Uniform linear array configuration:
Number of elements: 64
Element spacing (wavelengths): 0.5
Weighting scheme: blackman
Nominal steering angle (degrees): -60
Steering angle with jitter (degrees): -60.818
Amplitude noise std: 0.05
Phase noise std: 0.05

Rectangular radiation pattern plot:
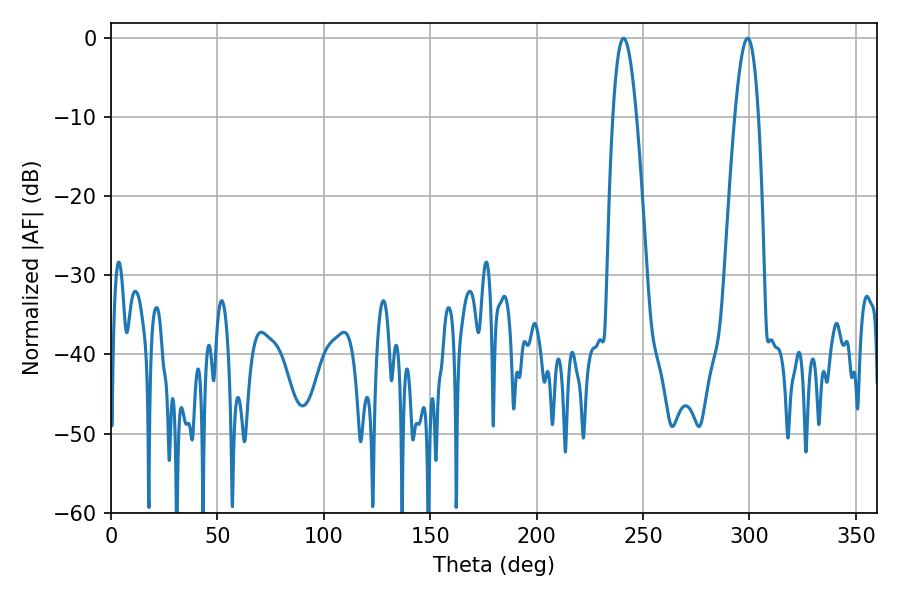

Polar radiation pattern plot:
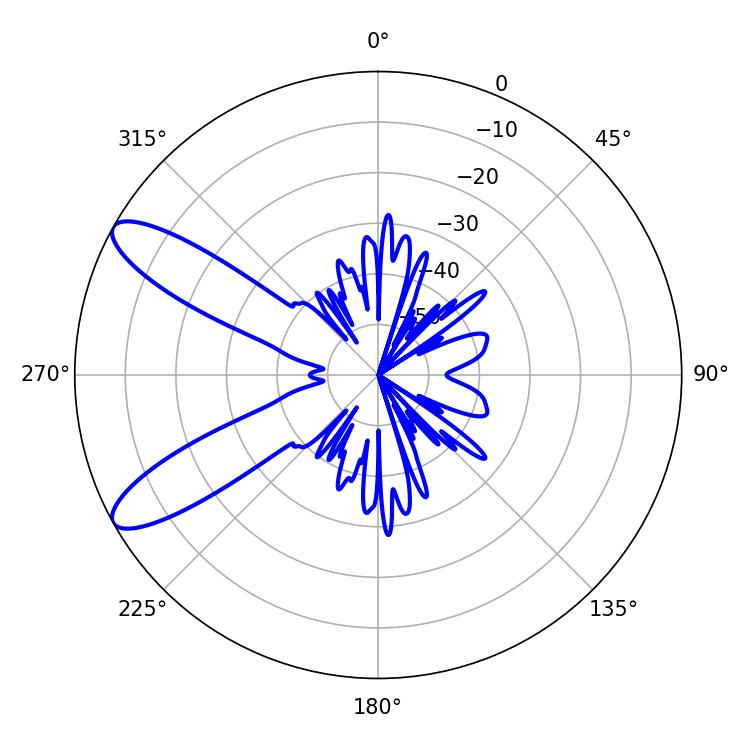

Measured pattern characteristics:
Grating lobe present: FALSE
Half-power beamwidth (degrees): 6.12
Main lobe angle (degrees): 299.16